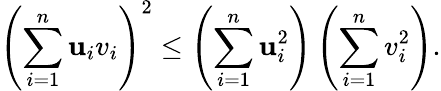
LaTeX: \left(\sum_{i=1}^{n}\mathbf{u}_{i}v_{i}\right)^{2}\leq\left(\sum_{i=1}^{n}\mathbf{u}_{i}^{2}\right)\left(\sum_{i=1}^{n}v_{i}^{2}\right).